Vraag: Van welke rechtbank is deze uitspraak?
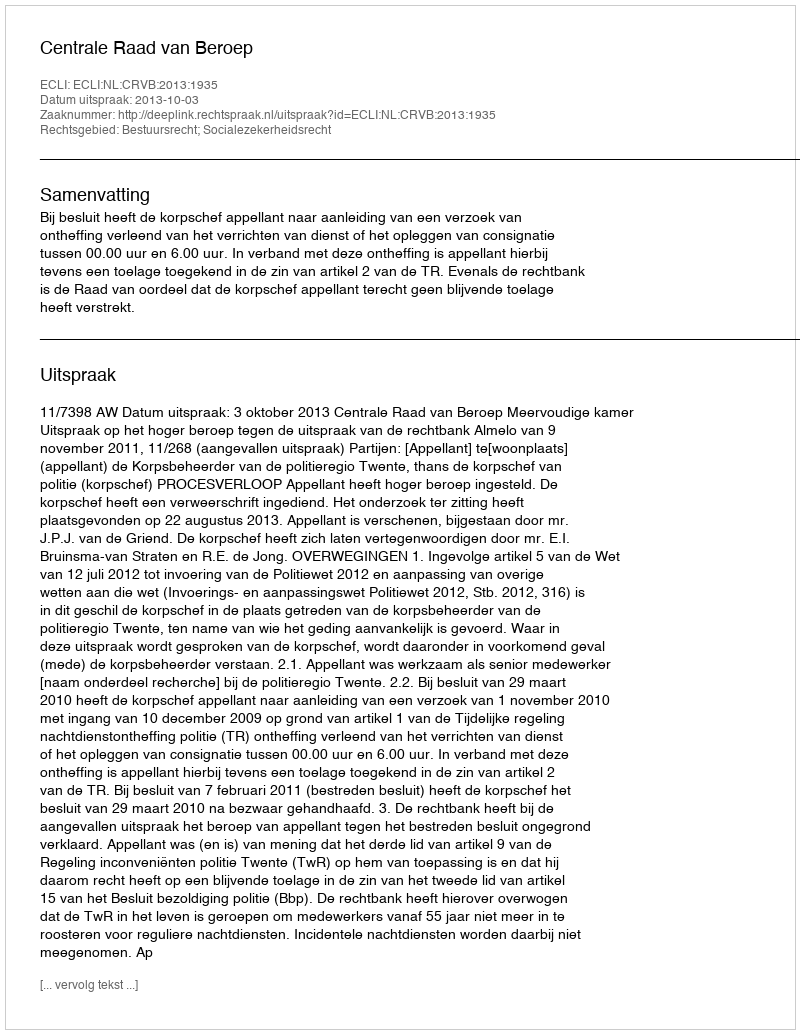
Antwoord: Centrale Raad van Beroep